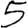
Digit: 5